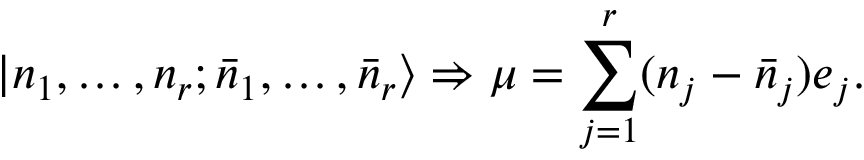
| n _ { 1 } , \ldots , n _ { r } ; \bar { n } _ { 1 } , \ldots , \bar { n } _ { r } \rangle \Rightarrow \mu = \sum _ { j = 1 } ^ { r } ( n _ { j } - \bar { n } _ { j } ) e _ { j } .